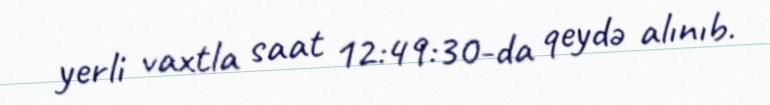
yerli vaxtla saat 12:49:30-da qeydə alınıb.